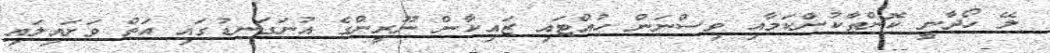
ލޭ ހޯދާނީ ކޮންތާކުންކަމާއި ވިސްނަން ހުއްޓައި ޒައިކާން ނޫރީންގެ އުނަގަނޑުގައި އަތް ވަށައިލައި